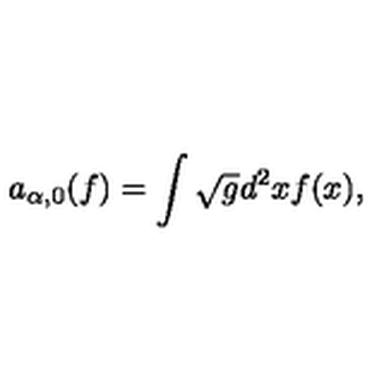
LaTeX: a _ { \alpha , 0 } ( f ) = \int \sqrt { g } d ^ { 2 } x f ( x ) ,